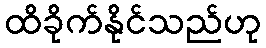
ထိခိုက်နိုင်သည်ဟု